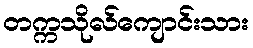
တက္ကသိုလ်ကျောင်းသား